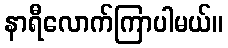
နာရီလောက်ကြာပါမယ်။